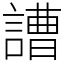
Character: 䜊